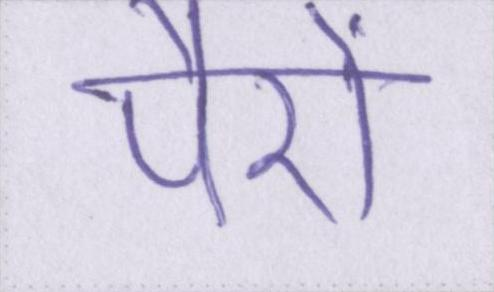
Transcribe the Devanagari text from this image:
पैरों